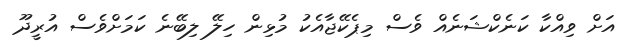
އަށް ވިއްކާ ކަނެކްޝަނެއް ވެސް މިޕެކޭޖާއެކު މުޅިން ހިލޭ ލިބޭނެ ކަމަށްވެސް އުރީދޫ